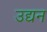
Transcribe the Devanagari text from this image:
उद्यन